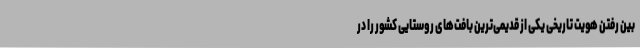
بین رفتن هویت تاریخی یکی از قدیمی‌ترین بافت‌های روستایی کشور را در